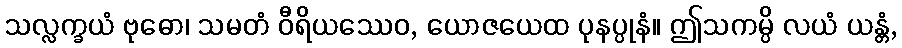
သလ္လက္ခယံ ဗုဓော၊ သမတံ ဝီရိယဿေဝ, ယောဇယေထ ပုနပ္ပုနံ။ ဤသကမ္ပိ လယံ ယန္တံ,